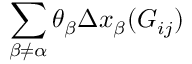
\sum _ { \beta \ne \alpha } \theta _ { \beta } \Delta x _ { \beta } ( G _ { i j } )